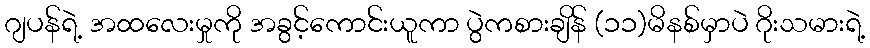
ဂျပန်ရဲ့ အထလေးမှုကို အခွင့်ကောင်းယူကာ ပွဲကစားချိန် (၁၁)မိနစ်မှာပဲ ဂိုးသမားရဲ့